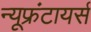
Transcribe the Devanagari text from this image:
न्यूफ्रंटायर्स